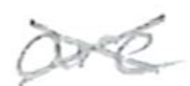
Text: are
Cross-out: cross
Writing tool: pencil